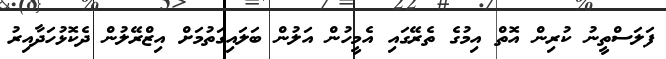
ފަލަސްތީނު ކުރިން އޮތް އިމުގެ ތެރޭގައި އެމީހުން އަލުން ބަލައިގަތުމަށް އިޒްރޭލުން ދެކޮޅުހަދާއިރު